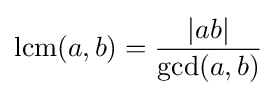
\operatorname {lcm} (a,b)={\frac {|ab|}{\gcd(a,b)}}